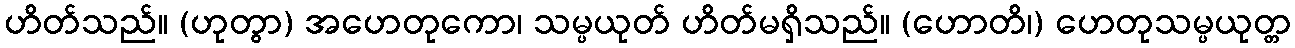
ဟိတ်သည်။ (ဟုတွာ) အဟေတုကော၊ သမ္ပယုတ် ဟိတ်မရှိသည်။ (ဟောတိ၊) ဟေတုသမ္ပယုတ္တ